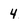
Character: 4